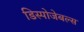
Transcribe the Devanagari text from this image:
डिस्पोजेबल्स